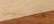
خمسين